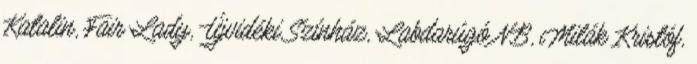
Katalin, Fair Lady, Újvidéki Színház, Labdarúgó NB, Milák Kristóf,